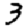
Digit: 3